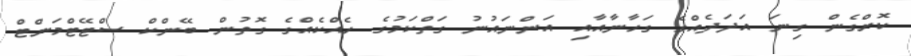
ކޮށްގެން ގިނަ އަދަދެއްގެ ގަހާނާއާއި އަންނައުނު ގަތްކަމުގެ ހެއްކެއްގެ ގޮތުން ބޭންކް ސްޓޭޓްމަންޓް